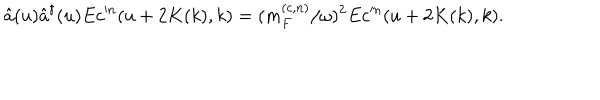
\hat { a } ( u ) \hat { a } ^ { \dagger } ( u ) E c ^ { \prime n } ( u + 2 K ( k ) , k ) = ( m _ { F } ^ { ( c , n ) } / \omega ) ^ { 2 } E c ^ { \prime n } ( u + 2 K ( k ) , k ) .